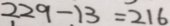
2 2 9 - 1 3 = 2 1 6